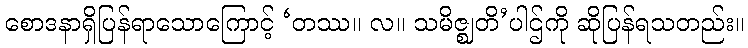
စောဒနာရှိပြန်ရာသောကြောင့် ‘တဿ။ လ။ သမိဇ္ဈတိ’ပါဌ်ကို ဆိုပြန်ရသတည်း။